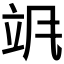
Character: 𬱻